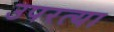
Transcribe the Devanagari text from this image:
उपरत्या